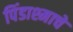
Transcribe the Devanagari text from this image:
पिंडाश्माचे